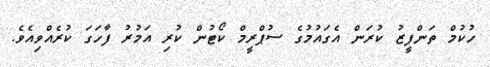
ހުކުމް ތަންފީޒު ކުރަން އެގައުމުގެ ސުޕްރީމް ކޯޓުން ކުރި އަމުރު ފާހަގަ ކުރެއްވިއެވެ.